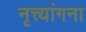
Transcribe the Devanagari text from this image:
नृत्त्यांगना